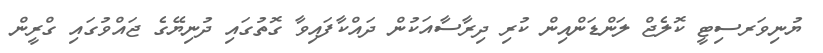
ޔުނިވަރސިޓީ ކޮލެޖް ލަންޑަންއިން ކުރި ދިރާސާއަކުން ދައްކާފައިވާ ގޮތުގައި ދުނިޔޭގެ ޖައްވުގައި ގްރީން